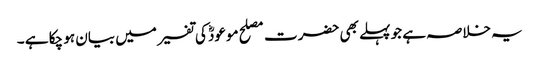
یہ خلاصہ ہے جو پہلے بھی حضرت مصلح موعودؓ کی تفسیر میں بیان ہو چکا ہے ۔